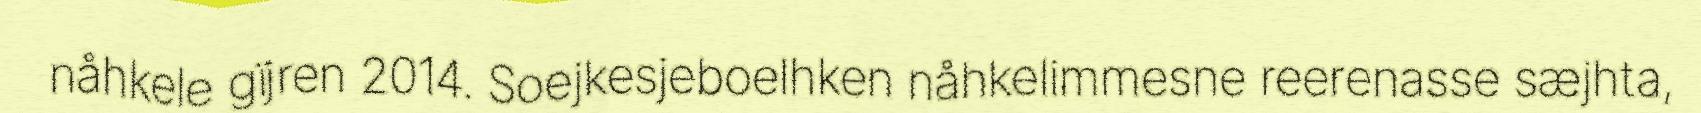
nåhkele gïjren 2014. Soejkesjeboelhken nåhkelimmesne reerenasse sæjhta,